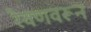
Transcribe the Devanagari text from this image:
रेवणवरून